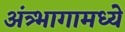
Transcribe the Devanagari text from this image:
अंत्र्भागामध्ये